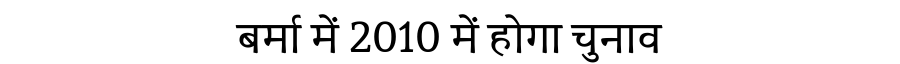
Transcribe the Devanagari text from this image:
बर्मा में 2010 में होगा चुनाव